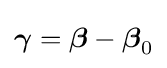
{\boldsymbol {\gamma }}={\boldsymbol {\beta }}-{\boldsymbol {\beta }}_{0}